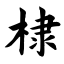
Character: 棣